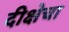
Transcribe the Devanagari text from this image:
दीक्षेचा